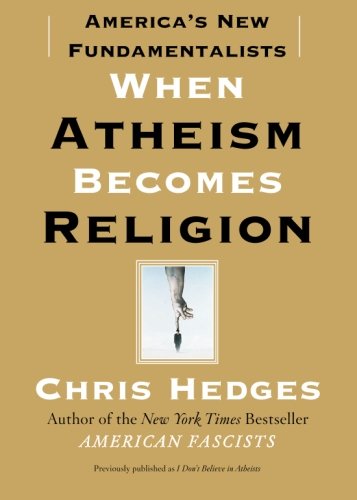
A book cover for When Atheism Becomes Religion: America's New Fundamentalists; Chris Hedges; Religion & Spirituality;